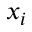
x _ { i }